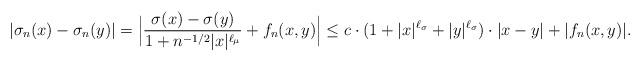
LaTeX: \begin{align*}|\sigma_n(x)-\sigma_n(y)|=\Bigl|\frac{\sigma(x)-\sigma(y)}{1+n^{-1/2}|x|^{\ell_\mu}}+f_n(x,y)\Bigr|\leq c\cdot (1+|x|^{\ell_{\sigma}}+|y|^{\ell_{\sigma}})\cdot |x-y|+|f_n(x,y)|.\end{align*}